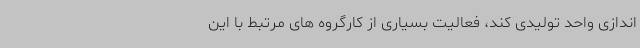
اندازی واحد تولیدی کند، فعالیت بسیاری از کارگروه های مرتبط با این